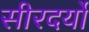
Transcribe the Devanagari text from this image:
सीरदर्यो